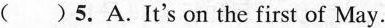
( )5.A.It's on the first of May.